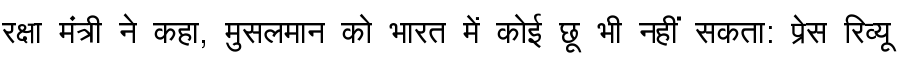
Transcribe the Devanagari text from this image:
रक्षा मंत्री ने कहा, मुसलमान को भारत में कोई छू भी नहीं सकता: प्रेस रिव्यू